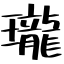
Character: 瓏